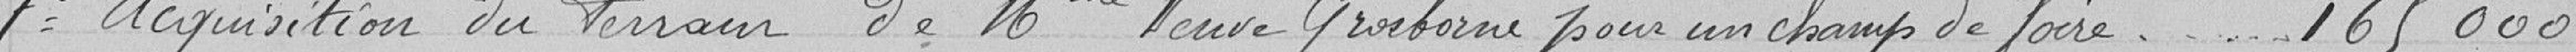
7 Acquisition du terrain de Madame Veuve Grosborne pour un champ de foire 165 0000